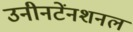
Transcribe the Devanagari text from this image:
उनीनटेंनशनल